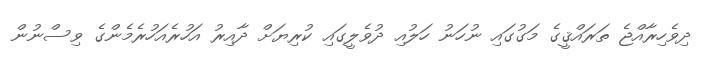
ދިވެހިރާއްޖެ ތަރައްޤީގެ މަގުގައި ނުހަނު ހަލުއި ދުވެލީގައި ކުރިޔަށް ދާއިރު އަހުރެއަހުރެމެންގެ ވިސްނުން